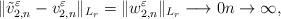
LaTeX: \begin{align*}\Vert \tilde{v}_{2,n}^{\varepsilon} - v_{2,n}^{\varepsilon} \Vert_{L_r} = \Vert w_{2,n}^{\varepsilon} \Vert_{L_r} \longrightarrow 0 n\to \infty,\end{align*}